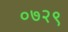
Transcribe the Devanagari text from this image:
०७२९